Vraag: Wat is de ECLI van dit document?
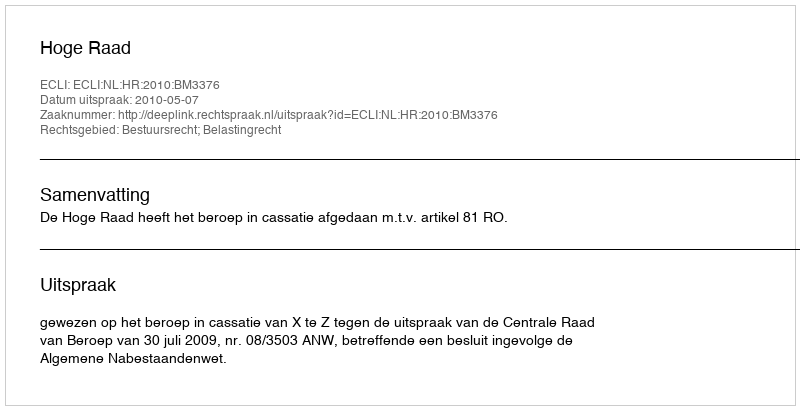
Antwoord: ECLI:NL:HR:2010:BM3376